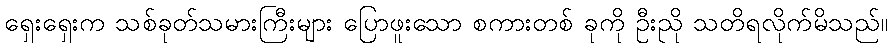
ရှေးရှေးက သစ်ခုတ်သမားကြီးများ ပြောဖူးသော စကားတစ် ခုကို ဦးညို သတိရလိုက်မိသည်။